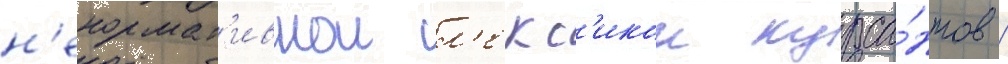
н'енормат'ивнои л'екс'икои курса́нтов /